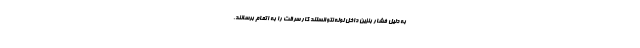
به دلیل فشار بنزین داخل لوله نتوانستند کار سرقت را به اتمام برسانند.